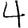
Digit: 4